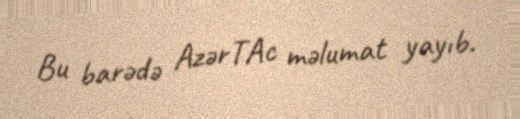
Bu barədə AzərTAc məlumat yayıb.